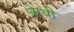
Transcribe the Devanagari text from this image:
केथी